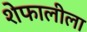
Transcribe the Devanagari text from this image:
शेफालीला